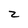
Character: z